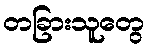
တခြားသူတွေ